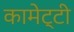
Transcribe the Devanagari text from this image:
कामेट्टी